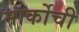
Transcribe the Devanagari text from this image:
मार्कोची